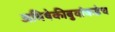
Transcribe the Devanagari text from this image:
अभिषेकीबुवांकडेच